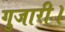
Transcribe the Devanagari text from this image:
गुजारी।